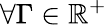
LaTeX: \forall\Gamma\in\mathbb{R}^{+}